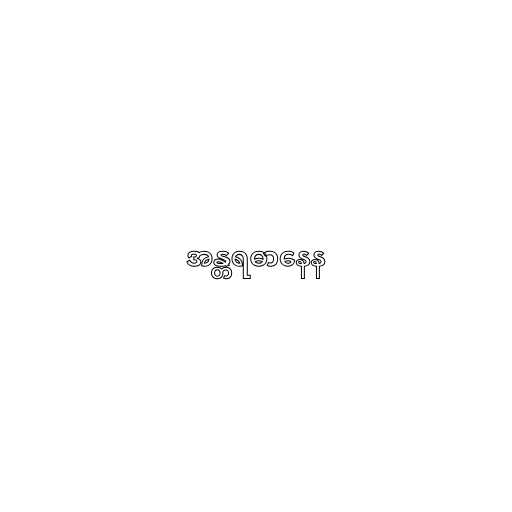
အန္တရဓာနေန